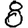
Digit: 8